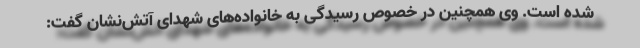
شده است. وی همچنین در خصوص رسیدگی به خانواده‌های شهدای آتش‌نشان گفت: